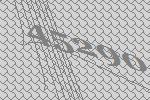
45290